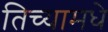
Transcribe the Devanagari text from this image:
तिच्यामधे